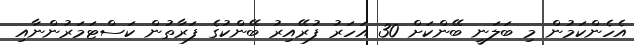
އެހެންކަމުން މި ބަލަނީ ބޭންކަށް 30 އަހަރު ފުރޭއިރު ބޭންކުގެ ފަރާތުން ކަސްޓަމަރުންނާއި